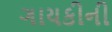
ગાયકીની